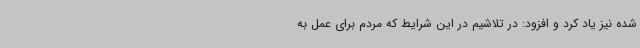
شده نیز یاد کرد و افزود: در تلاشیم در این شرایط که مردم برای عمل به